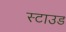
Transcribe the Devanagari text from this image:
स्टाउड